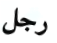
رجل